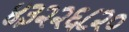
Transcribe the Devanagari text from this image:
४३२२६८२०